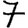
Digit: 7